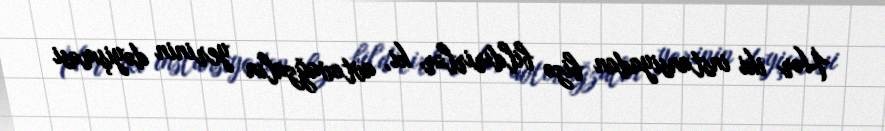
Hər iki instansiyadan bizə bildirirlər ki, avtovağzalın yerinin dəyişməsi